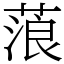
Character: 蒗